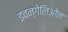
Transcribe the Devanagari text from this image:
इवन्गेलिओन